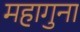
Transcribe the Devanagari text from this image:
महागुना